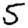
Digit: 5